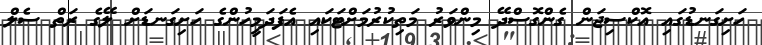
ހަށިގަނޑުގައި އޮކްސިޖަން ގެންގޮސްދޭ މިންވަރު މަތިކުރުމަށްޓަކައި އެފަދަމީހުންގެ ހަށިގަނޑަށް ލޭގެ ރަތް ސެލް